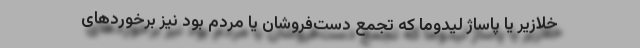
خلازیر یا پاساژ لیدوما که تجمع دست‌فروشان یا مردم بود نیز برخوردهای